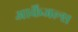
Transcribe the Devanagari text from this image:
आर्केंजल्स